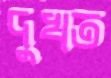
দুখত